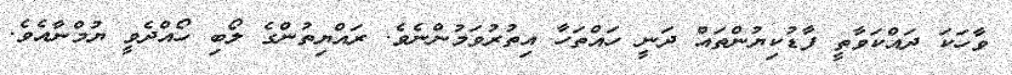
ވާހަކަ ދައްކަވާތީ ފާޑުކިޔުންތައް ދަނީ ހައްތަހާ އިތުރުވަމުންނެވެ. ރައްޔިތުންގެ ލޯބި ހޯއްދެވީ ޔުމްނާއެވެ.